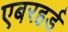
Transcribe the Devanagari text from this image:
एबरहर्ड